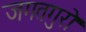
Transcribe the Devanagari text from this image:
जगतगुरो